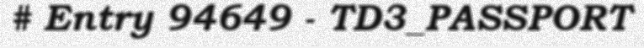
# Entry 94649 - TD3_PASSPORT